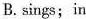
B.sings;in